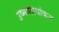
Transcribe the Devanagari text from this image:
उष्माछायांकन